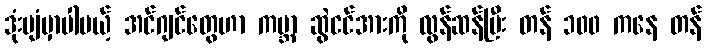
ဒုံးပျံမှာပါမယ့် အင်ဂျင်တွေဟာ ကမ္ဘာ့ ဆွဲငင်အားကို လွန်ဆန်ပြီး တန် ၁၀၀ ကနေ တန်